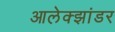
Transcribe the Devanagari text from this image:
आलेक्झांडर